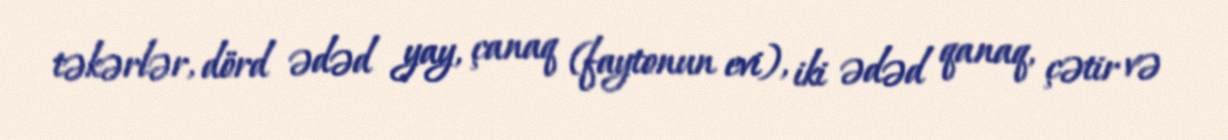
təkərlər, dörd ədəd yay, çanaq (faytonun evi), iki ədəd qanaq, çətir və